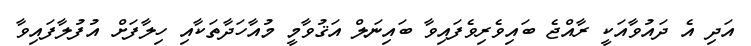
އަދި އެ ދައުވާއަކީ ރާއްޖެ ބައިވެރިވެފައިވާ ބައިނަލް އަޤުވާމީ މުއާހަދާތަކާއި ހިލާފަށް އުފުލާފައިވާ